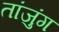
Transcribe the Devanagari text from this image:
तांजुंग